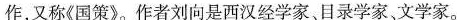
作，又称《国策》作者刘向是西汉经学家、目录学家、文学家。